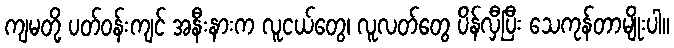
ကျမတို့ ပတ်ဝန်းကျင် အနီးနားက လူငယ်တွေ၊ လူလတ်တွေ ပိန်လှီပြီး သေကုန်တာမျိုးပါ။